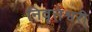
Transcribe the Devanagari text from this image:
निवृत्तेश्वरी